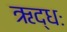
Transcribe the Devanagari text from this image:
ऋद्धः